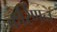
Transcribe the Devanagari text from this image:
कर्रिणन्